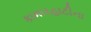
કામારહાટીના